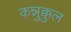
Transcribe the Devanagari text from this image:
कन्नुक्कुल